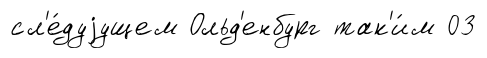
сл'е́дуjущем Ольд'енбург так'и́м 03